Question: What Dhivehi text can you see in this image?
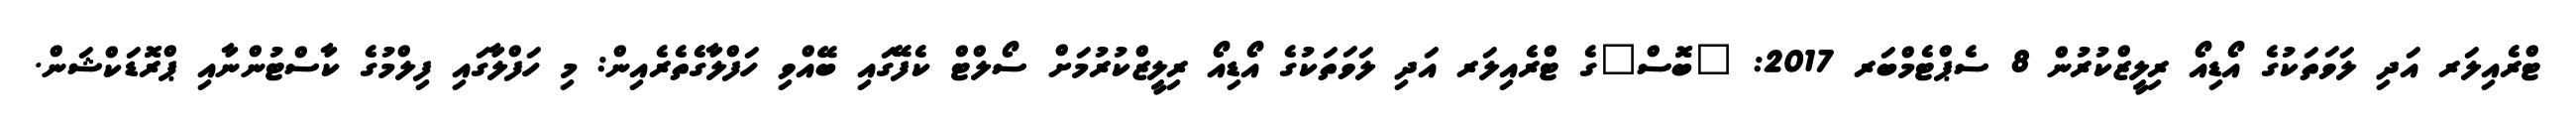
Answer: ޓްރެއިލަރ އަދި ލަވަތަކުގެ އޯޑިއޯ ރިލީޒްކުރުން 8 ސެޕްޓެމްބަރ 2017: "ބޮސް"ގެ ޓްރެއިލަރ އަދި ލަވަތަކުގެ އޯޑިއޯ ރިލީޒްކުރުމަށް ސޯލްޓް ކެފޭގައި ބޭއްވި ހަފްލާގެތެރެއިން: މި ހަފްލާގައި ފިލްމުގެ ކާސްޓުންނާއި ޕްރޮޑަކްޝަން.